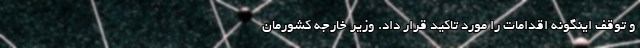
و توقف اینگونه اقدامات را مورد تاکید قرار داد. وزیر خارجه کشورمان